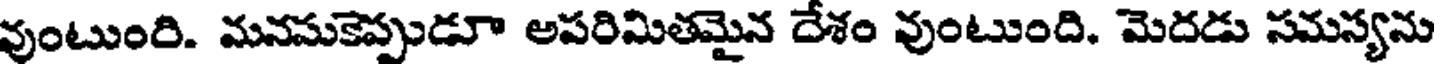
వుంటుంరి. మనమకెప్పుడూ అపరిమితమైన దేశం వుంటుంది. మెదడు సమస్యను